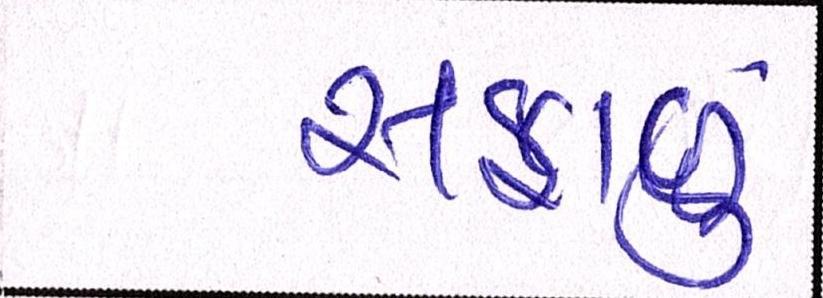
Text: સફાળું